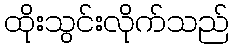
ထိုးသွင်းလိုက်သည်